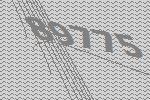
89775